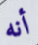
أنه